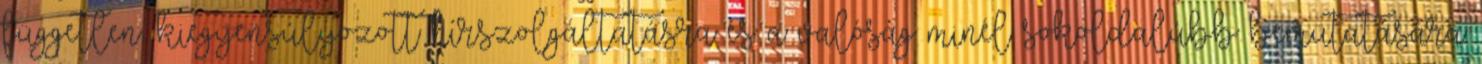
független, kiegyensúlyozott hírszolgáltatásra és a valóság minél sokoldalúbb bemutatására